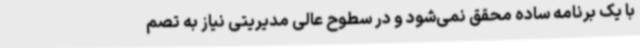
با یک برنامه ساده محقق نمی‌شود و در سطوح عالی مدیریتی نیاز به تصم